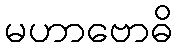
မဟာဗောဓိ